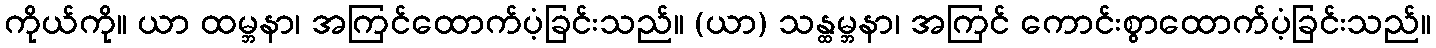
ကိုယ်ကို။ ယာ ထမ္ဘနာ၊ အကြင်ထောက်ပံ့ခြင်းသည်။ (ယာ) သန္ထမ္ဘနာ၊ အကြင် ကောင်းစွာထောက်ပံ့ခြင်းသည်။